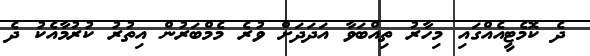
ދެ ކޮމެޓީއެއްގައި މިހާރު ތިއްބަވާ އަދަދަށް ވުރެ މެމްބަރުން އިތުރު ކުރުމާއެކު ދެ